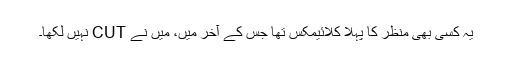
یہ کسی بھی منظر کا پہلا کلائیمکس تھا جس کے آخر میں، میں نے CUT نہیں لکھا۔